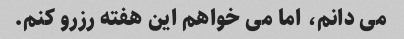
می دانم، اما می خواهم این هفته رزرو کنم.